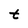
Character: t